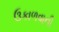
ઉકાળવાની